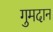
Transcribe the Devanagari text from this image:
गुमदान